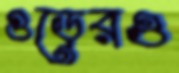
গুড়েরও